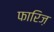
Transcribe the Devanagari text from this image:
फारिज़